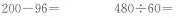
$$200－96=$$ $$480\div60=$$